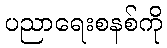
ပညာရေးစနစ်ကို